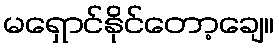
မရှောင်နိုင်တော့ချေ။